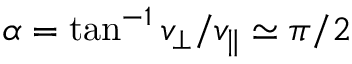
\alpha = \tan ^ { - 1 } v _ { \perp } / v _ { \parallel } \simeq \pi / 2